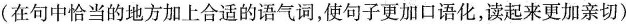
(在句中恰当的地方加上合适的语气词，使句子更加口语化，读起来更加亲切)